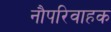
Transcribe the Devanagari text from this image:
नौपरिवाहक